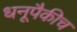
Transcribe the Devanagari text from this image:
धनूपैकीच